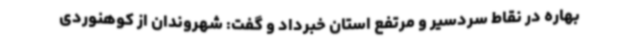
بهاره در نقاط سردسیر و مرتفع استان خبرداد و گفت: شهروندان از کوهنوردی